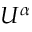
U ^ { \alpha }